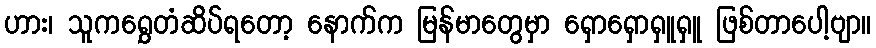
ဟား၊ သူကရွှေတံဆိပ်ရတော့ နောက်က မြန်မာတွေမှာ ရှောရှောရှူရှူ ဖြစ်တာပေါ့ဗျာ။